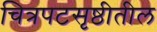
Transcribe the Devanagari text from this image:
चित्रपटसृष्ठीतील